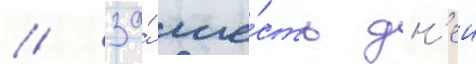
/ за́ ше́сть дн'еи